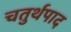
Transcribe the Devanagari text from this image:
चतुर्थपाद